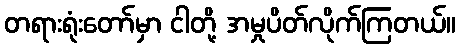
တရားရုံးတော်မှာ ငါတို့ အမှုပိတ်လိုက်ကြတယ်။